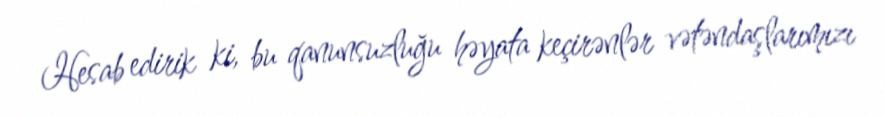
Hesab edirik ki, bu qanunsuzluğu həyata keçirənlər vətəndaşlarımızı